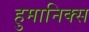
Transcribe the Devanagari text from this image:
हुमानिक्स